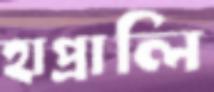
হাপ্‌রালি